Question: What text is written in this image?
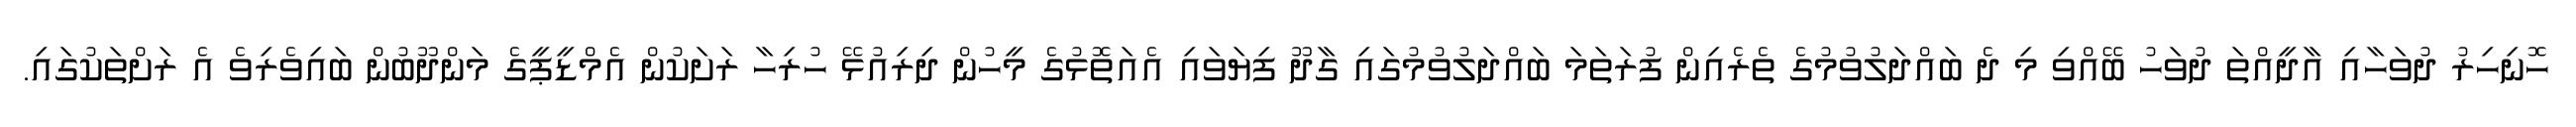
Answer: ހޮނިހިރު ދުވަހާއި އާދީއްތަ ދުވަހު ބޭއްވި މި ދެ ބައްދަލުވުމުގެ ތެރެއިން ފުރަތަމަ ބައްދަލުވުމުގައި ގާދޫ ފިޔަވައި އެއަތޮޅުގެ މީހުން ދިރިއުޅޭ ހުރިހާ ރަށަކުން އެމްޑީޕީގެ މަންދޫބުން ބައިވެރިވެ އެ ރަށްތަކުގައި.